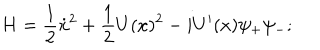
LaTeX: H = \frac { 1 } { 2 } \dot { x } ^ { 2 } + \frac { 1 } { 2 } U ( x ) ^ { 2 } - i U ^ { \prime } ( x ) \psi _ { + } \psi _ { - } ;